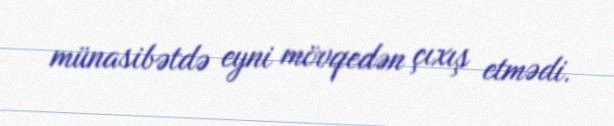
münasibətdə eyni mövqedən çıxış etmədi.